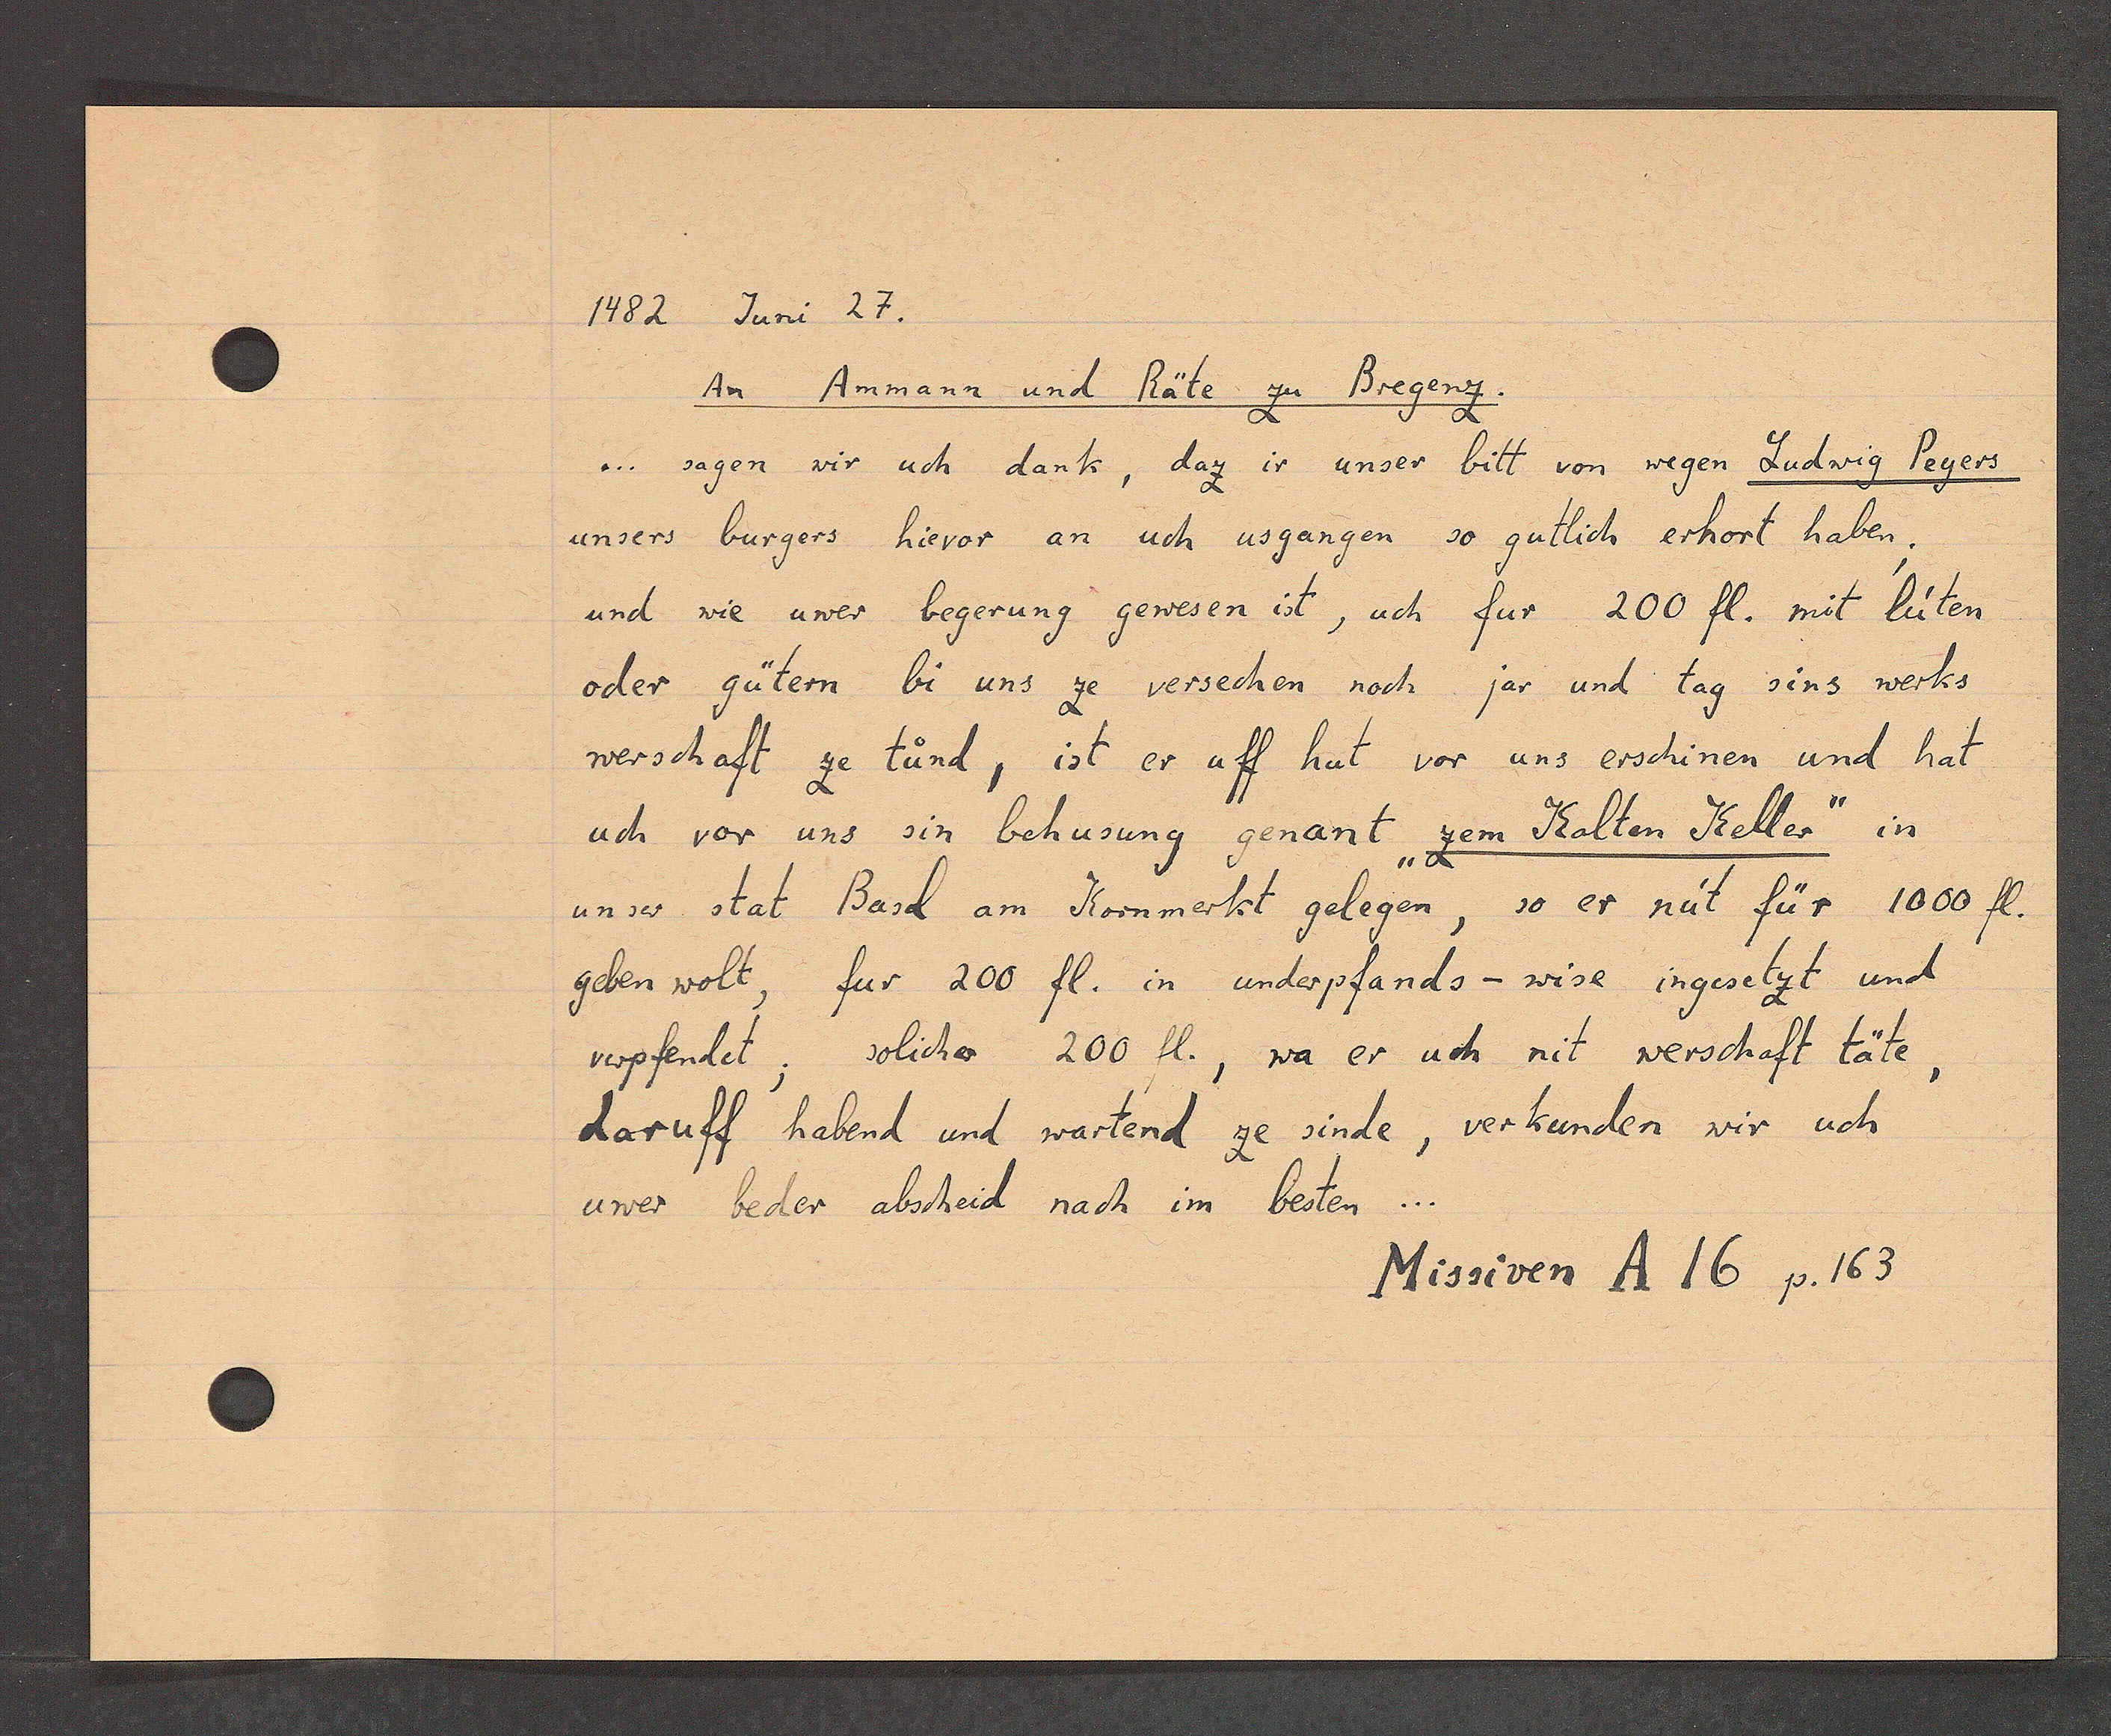
Transcript:
Juni 27.
1482

An Anmann und Räte zu Bregenz.
... sagen wir uch dank, daz ir unser bitt von wegen Ludwig Peyers
unsers burgers hievor an uch usgangen so gutlich erhort haben.
und wie uwer begerung gewesen ist, uch fur 200 fl. mit lüten
oder gütern bi uns ze versechen noch jar und tag zins werks
werschaft ze tünd, ist er uff hut vor uns erschinen und hat
uch vor uns sin behusung genant "zem Kalten Keller" in
unser stat Basel am Kornmerkt gelegen, so er nüt für 1000 fl.
geben wolt, fur 200 fl. in underpfands-wise ingesetzt und
verpfendet; soliche 200 fl., wa er uch nit verschaft täte,
daruff habend und wartend ze sinde, verkunden wir uch
uwer beder abscheid nach im besten

Missiven A 16 p. 163